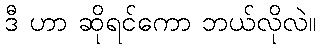
ဒီ ဟာ ဆိုရင်ကော ဘယ်လိုလဲ။